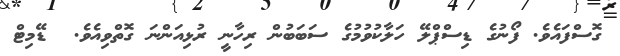
ގޮސްފައެވެ. ފޯނުގެ ޑިސްޕްލޭ ހަލާކުވުމުގެ ސަބަބުން ރިހާނީ ރުޅިއަންނަ ގޮތްވިއެވެ.  ޑޭމިޓް